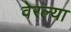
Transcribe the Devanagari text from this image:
वेरल्या